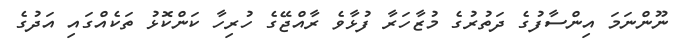
ނޫންނަމަ އިންސާފުގެ ދަތުރުގެ މުޒާހަރާ ފުޅާވެ ރާއްޖޭގެ ހުރިހާ ކަންކޮޅު ތަކެއްގައި އަދުގެ